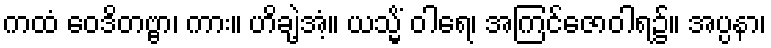
ကထံ ဝေဒိတဗ္ဗာ၊ ကား။ ဟိချဲ့အံ့။ ယသ္မိံ ဝါရေ၊ အကြင်ဇောဝါရ၌။ အပ္ပနာ၊